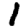
Digit: 1